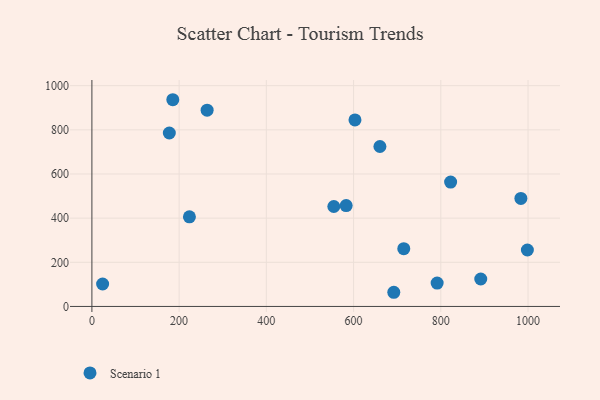
{"axis": {"x": "Experience", "y": "Sales"}, "legend": ["Scenario 1"], "data": [{"x": "554.7", "y": 452.8, "type": "Scenario 1"}, {"x": "791.6", "y": 106.0, "type": "Scenario 1"}, {"x": "24.6", "y": 101.6, "type": "Scenario 1"}, {"x": "891.6", "y": 124.4, "type": "Scenario 1"}, {"x": "185.5", "y": 936.4, "type": "Scenario 1"}, {"x": "692.2", "y": 64.2, "type": "Scenario 1"}, {"x": "660.4", "y": 724.6, "type": "Scenario 1"}, {"x": "177.5", "y": 785.6, "type": "Scenario 1"}, {"x": "223.6", "y": 406.0, "type": "Scenario 1"}, {"x": "583.0", "y": 456.8, "type": "Scenario 1"}, {"x": "983.6", "y": 489.2, "type": "Scenario 1"}, {"x": "715.1", "y": 261.6, "type": "Scenario 1"}, {"x": "603.2", "y": 845.1, "type": "Scenario 1"}, {"x": "998.5", "y": 255.6, "type": "Scenario 1"}, {"x": "264.2", "y": 889.0, "type": "Scenario 1"}, {"x": "822.5", "y": 563.5, "type": "Scenario 1"}]}